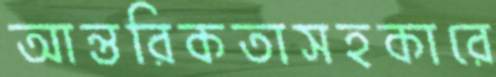
আন্তরিকতাসহকারে